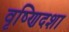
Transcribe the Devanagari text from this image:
वृष्णिदशा